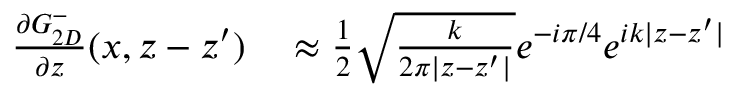
\begin{array} { r l } { \frac { \partial G _ { 2 D } ^ { - } } { \partial z } ( x , z - z ^ { \prime } ) } & { { } \approx \frac { 1 } { 2 } \sqrt { \frac { k } { 2 \pi | z - z ^ { \prime } | } } e ^ { - i \pi / 4 } e ^ { i k | z - z ^ { \prime } | } } \end{array}